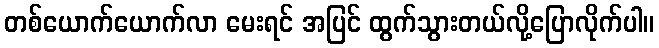
တစ်ယောက်ယောက်လာ မေးရင် အပြင် ထွက်သွားတယ်လို့ပြောလိုက်ပါ။